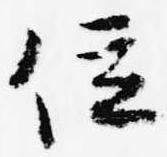
位